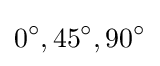
0^{\circ },45^{\circ },90^{\circ }